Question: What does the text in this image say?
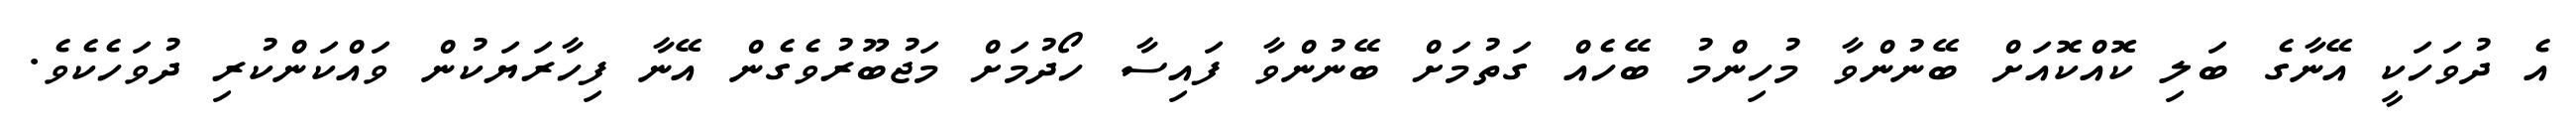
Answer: އެ ދުވަހަކީ އޭނާގެ ބަލި ކޮއްކޮއަށް ބޭނުންވާ މުހިންމު ބޭހެއް ގަތުމަށް ބޭނުންވާ ފައިސާ ހޯދުމަށް މަޖުބޫރުވެގެން އޭނާ ފިހާރަޔަކުން ވައްކަންކުރި ދުވަހެކެވެ.